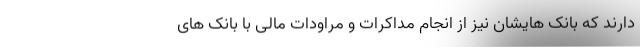
دارند که بانک هایشان نیز از انجام مداکرات و مراودات مالی با بانک های